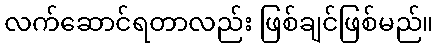
လက်ဆောင်ရတာလည်း ဖြစ်ချင်ဖြစ်မည်။